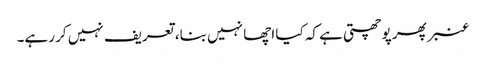
عنبر پھر پوچھتی ہے کہ کیا اچھا نہیں بنا، تعریف نہیں کر رہے۔